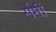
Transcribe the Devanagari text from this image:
सेेंमी